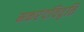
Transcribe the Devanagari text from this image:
मकरंदविवृत्ति